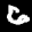
Label: 6